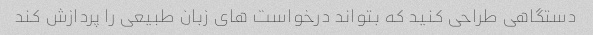
دستگاهی طراحی کنید که بتواند درخواست های زبان طبیعی را پردازش کند